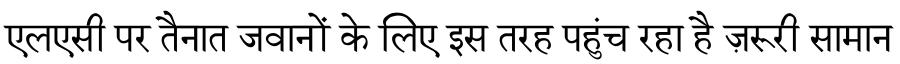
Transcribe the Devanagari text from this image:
एलएसी पर तैनात जवानों के लिए इस तरह पहुंच रहा है ज़रूरी सामान